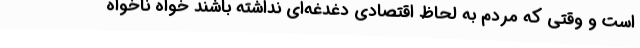
است و وقتی که مردم به لحاظ اقتصادی دغدغه‌ای نداشته باشند خواه ناخواه